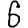
Digit: 6